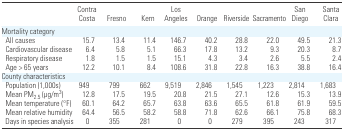
<table><thead><tr><td></td><td><b>Contra Costa</b></td><td><b>Fresno</b></td><td><b>Kern</b></td><td><b>Los Angeles</b></td><td><b>Orange</b></td><td><b>Riverside</b></td><td><b>Sacramento</b></td><td><b>San Diego</b></td><td><b>Santa Clara</b></td></tr></thead><tbody><tr><td colspan="10">Mortality category</td></tr><tr><td> All causes</td><td>15.7</td><td>13.4</td><td>11.4</td><td>146.7</td><td>40.2</td><td>28.8</td><td>22.0</td><td>49.5</td><td>21.3</td></tr><tr><td> Cardiovascular disease</td><td>6.4</td><td>5.8</td><td>5.1</td><td>66.3</td><td>17.8</td><td>13.2</td><td>9.3</td><td>20.3</td><td>8.7</td></tr><tr><td> Respiratory disease</td><td>1.8</td><td>1.5</td><td>1.5</td><td>15.1</td><td>4.3</td><td>3.4</td><td>2.6</td><td>5.5</td><td>2.4</td></tr><tr><td> Age &gt; 65 years</td><td>12.2</td><td>10.1</td><td>8.4</td><td>108.6</td><td>31.8</td><td>22.8</td><td>16.3</td><td>38.8</td><td>16.4</td></tr><tr><td colspan="10">County characteristics</td></tr><tr><td> Population (1,000s)</td><td>949</td><td>799</td><td>662</td><td>9,519</td><td>2,846</td><td>1,545</td><td>1,223</td><td>2,814</td><td>1,683</td></tr><tr><td> Mean PM<sub>2.5</sub> (μg/m<sup>3</sup>)</td><td>12.8</td><td>17.5</td><td>19.5</td><td>20.8</td><td>21.5</td><td>27.1</td><td>12.6</td><td>15.3</td><td>13.9</td></tr><tr><td> Mean temperature (°F)</td><td>60.1</td><td>64.2</td><td>65.7</td><td>63.8</td><td>63.6</td><td>65.5</td><td>61.8</td><td>61.9</td><td>59.5</td></tr><tr><td> Mean relative humidity</td><td>64.4</td><td>56.5</td><td>58.2</td><td>58.8</td><td>71.8</td><td>62.6</td><td>66.1</td><td>75.8</td><td>68.3</td></tr><tr><td> Days in species analysis</td><td>0</td><td>355</td><td>281</td><td>0</td><td>0</td><td>279</td><td>395</td><td>243</td><td>317</td></tr></tbody></table>